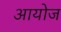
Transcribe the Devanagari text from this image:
आयोज